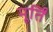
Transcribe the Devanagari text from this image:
मूर्तिं